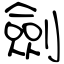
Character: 劍